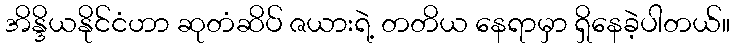
အိန္ဒိယနိုင်ငံဟာ ဆုတံဆိပ် ဇယားရဲ့ တတိယ နေရာမှာ ရှိနေခဲ့ပါတယ်။